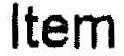
ITEM